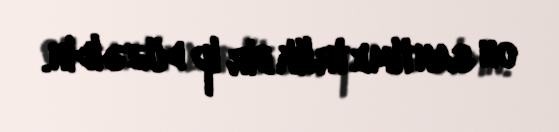
on santimetrlik bir ip düzəldin.